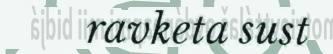
ravketa sust